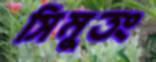
সিমুতং